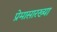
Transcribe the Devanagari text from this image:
प्रेमासारख्या